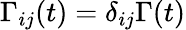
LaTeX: \Gamma_{ij}(t)=\delta_{ij}\Gamma(t)